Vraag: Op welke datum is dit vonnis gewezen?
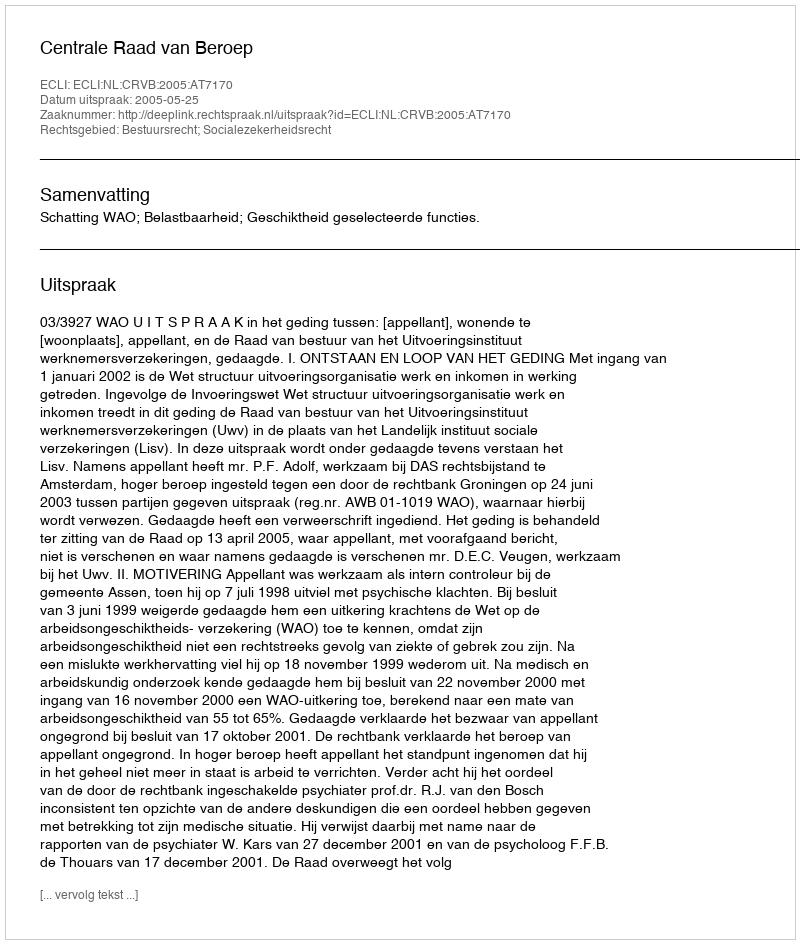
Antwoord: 2005-05-25